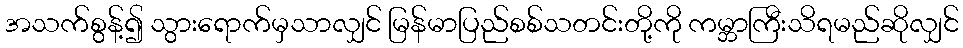
အသက်စွန့်၍ သွားရောက်မှသာလျှင် မြန်မာပြည်စစ်သတင်းတို့ကို ကမ္ဘာကြီးသိရမည်ဆိုလျှင်